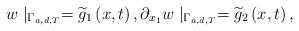
LaTeX: \begin{align*}w\mid _{\Gamma _{a,d,T}}=\widetilde{g}_{1}\left( x,t\right) ,\partial_{x_{1}}w\mid _{\Gamma _{a,d,T}}=\widetilde{g}_{2}\left( x,t\right) ,\end{align*}